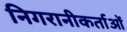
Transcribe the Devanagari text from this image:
निगरानीकर्ताओं